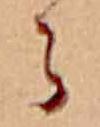
ら